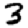
Digit: 3